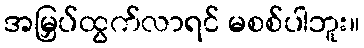
အမြှပ်ထွက်လာရင် မစစ်ပါဘူး။